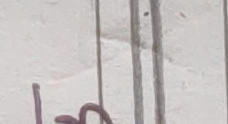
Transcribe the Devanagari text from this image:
डो